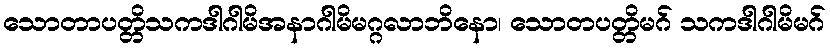
သောတာပတ္တိသကဒါဂါမိအနာဂါမိမဂ္ဂလာဘိနော၊ သောတပတ္တိမဂ် သကဒါဂါမိမဂ်